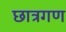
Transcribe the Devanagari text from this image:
छात्रगण